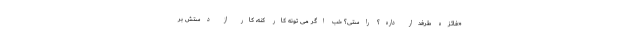
«فائزه طرفدار داره؟ راستی؟ خب اگر می تونه کار کنه، کار از دستش بر